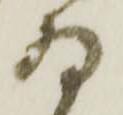
ゐ